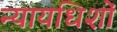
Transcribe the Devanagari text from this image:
न्यायधिशों